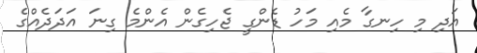
އަދި މި ހިނގާ މެއި މަހު ޑެންގީ ޖެހިގެން އެންމެ ގިނަ އަދަދެއްގެ